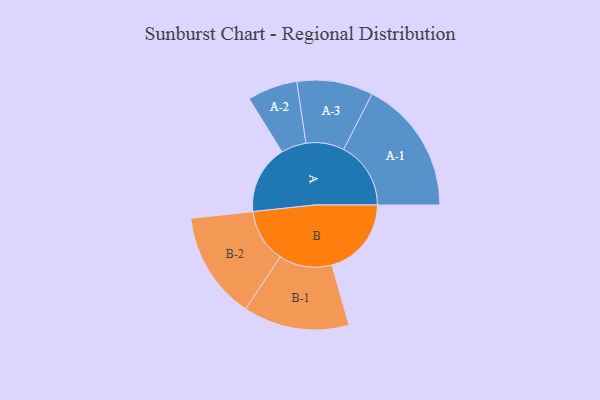
{"axis": {"x": "Segment", "y": "Value"}, "legend": ["", "A", "B"], "data": [{"x": "A", "y": 305, "type": ""}, {"x": "B", "y": 352, "type": ""}, {"x": "A-1", "y": 298, "type": "A"}, {"x": "A-2", "y": 111, "type": "A"}, {"x": "A-3", "y": 169, "type": "A"}, {"x": "B-1", "y": 235, "type": "B"}, {"x": "B-2", "y": 238, "type": "B"}]}